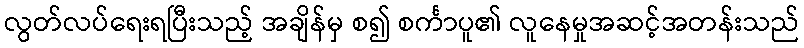
လွတ်လပ်ရေးရပြီးသည့် အချိန်မှ စ၍ စင်္ကာပူ၏ လူနေမှုအဆင့်အတန်းသည်